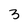
Character: 3